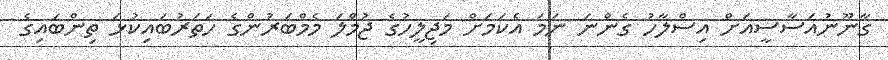
ގާނޫނުއަސާސީއަށް އިސްލާހު ގެންނަ ނަމަ އެކަމަށް މަޖިލީހުގެ ޖުމްލަ މެމްބަރުންގެ ހަތަރުބައިކުޅަ ތިންބައިގެ